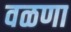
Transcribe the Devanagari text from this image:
वळणा